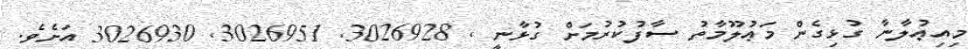
މިއިޢުލާނާ ގުޅިގެން މަޢުލޫމާތު ސާފުކުރުމަށް ގުޅާނީ